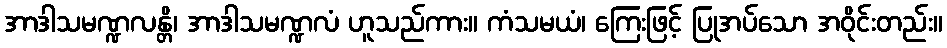
အာဒါသမဏ္ဍလန္တိ၊ အာဒါသမဏ္ဍလံ ဟူသည်ကား။ ကံသမယံ၊ ကြေးဖြင့် ပြုအပ်သော အဝိုင်းတည်း။